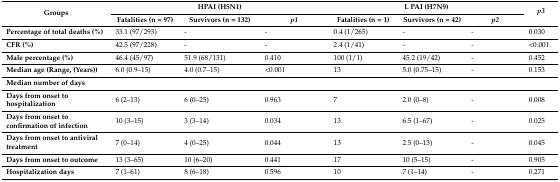
<table><thead><tr><td rowspan="2"><b>Groups</b></td><td colspan="3"><b>HPAI (H5N1)</b></td><td colspan="3"><b>L PAI (H7N9)</b></td><td rowspan="2"><b><i>p3</i></b></td></tr><tr><td><b>Fatalities (n = 97)</b></td><td><b>Survivors (n = 132)</b></td><td><b><i>p1</i></b></td><td><b>Fatalities (n = 1)</b></td><td><b>Survivors (n = 42)</b></td><td><b><i>p2</i></b></td></tr></thead><tbody><tr><td><b>Percentage of total deaths (%)</b></td><td>33.1 (97/293)</td><td>-</td><td>-</td><td>0.4 (1/265)</td><td>-</td><td>-</td><td>0.030</td></tr><tr><td><b>CFR (%)</b></td><td>42.5 (97/228)</td><td>-</td><td>-</td><td>2.4 (1/41)</td><td>-</td><td>-</td><td>&lt;0.001</td></tr><tr><td><b>Male percentage (%)</b></td><td>46.4 (45/97)</td><td>51.9 (68/131)</td><td>0.410</td><td>100 (1/1)</td><td>45.2 (19/42)</td><td>-</td><td>0.452</td></tr><tr><td><b>Median age (Range, (Years))</b></td><td>6.0 (0.9–15)</td><td>4.0 (0.7–15)</td><td>&lt;0.001</td><td>13 </td><td>5.0 (0.75–15)</td><td>-</td><td>0.153</td></tr><tr><td><b>Median number of days</b></td><td></td><td></td><td></td><td></td><td></td><td></td><td></td></tr><tr><td><b>Days from onset to hospitalization</b></td><td>6 (2–13)</td><td>6 (0–25)</td><td>0.963</td><td>7</td><td>2.0 (0–8)</td><td>-</td><td>0.008</td></tr><tr><td><b>Days from onset to confirmation of infection</b></td><td>10 (3–15)</td><td>3 (3–14)</td><td>0.034</td><td>13</td><td>6.5 (1–67)</td><td>-</td><td>0.025</td></tr><tr><td><b>Days from onset to antiviral treatment</b></td><td>7 (0–14)</td><td>4 (0–25)</td><td>0.044</td><td>13</td><td>2.5 (0–13)</td><td>-</td><td>0.045</td></tr><tr><td><b>Days from onset to outcome</b></td><td>13 (3–65)</td><td>10 (6–20)</td><td>0.441</td><td>17</td><td>10 (5–15)</td><td>-</td><td>0.905</td></tr><tr><td><b>Hospitalization days</b></td><td>7 (1–61)</td><td>8 (6–18)</td><td>0.596</td><td>10</td><td>7 (1–14)</td><td>-</td><td>0.271</td></tr></tbody></table>